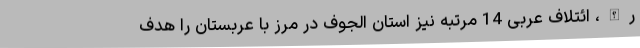
رالله، ائتلاف عربی 14 مرتبه نیز استان الجوف در مرز با عربستان را هدف